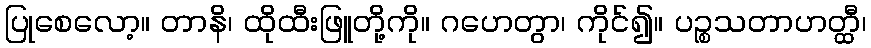
ပြုစေလော့။ တာနိ၊ ထိုထီးဖြူတို့ကို။ ဂဟေတွာ၊ ကိုင်၍။ ပဉ္စသတာဟတ္ထီ၊